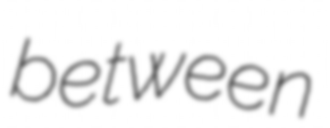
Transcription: between